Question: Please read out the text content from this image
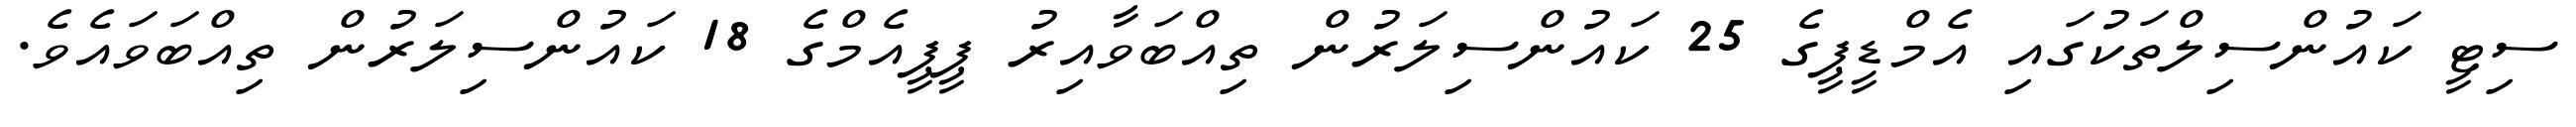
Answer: ސިޓީ ކައުންސިލްތަކުގައި އެމްޑީޕީގެ 25 ކައުންސިލަރުން ތިއްބަވާއިރު ޕީޕީއެމްގެ 18 ކައުންސިލަރުން ތިއްބަވައެވެ.